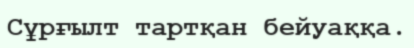
Сұрғылт тартқан бейуаққа.